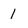
Character: 1